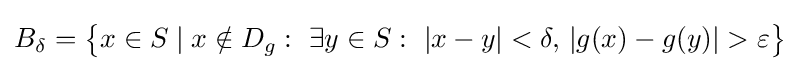
B_{\delta }={\big \{}x\in S\mid x\notin D_{g}:\ \exists y\in S:\ |x-y|<\delta ,\,|g(x)-g(y)|>\varepsilon {\big \}}